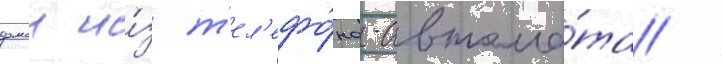
домои и́з т'ел'ефо́на-автома́та /